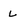
Character: l